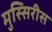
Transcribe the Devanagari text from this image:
मुस्सिरीस